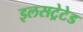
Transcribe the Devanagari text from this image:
इलसट्रेटेड